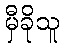
မှီခိုသူ